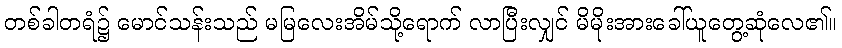
တစ်ခါတရံ၌ မောင်သန်းသည် မမြလေးအိမ်သို့ရောက် လာပြီးလျှင် မိမိုးအားခေါ်ယူတွေ့ဆုံလေ၏။